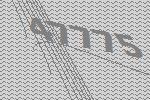
47775